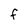
Character: F